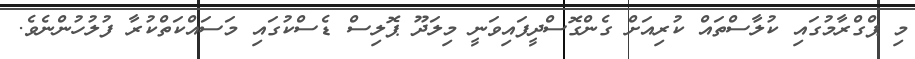
މި ޕްގްރާމުގައި ކުލާސްތައް ކުރިއަށް ގެންގޮސްދީފައިވަނީ މިލަދޫ ޕޮލިސް ޑެސްކުގައި މަސައްކަތްކުރާ ފުލުހުންނެވެ.